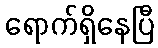
ရောက်ရှိနေပြီ